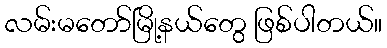
လမ်းမတော်မြို့နယ်တွေ ဖြစ်ပါတယ်။